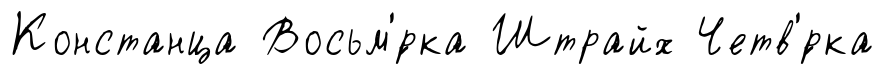
Констанца Восьм'́рка Штрайх Четв'́рка